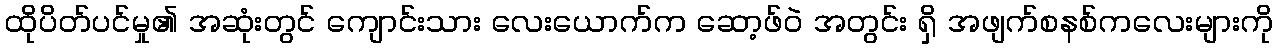
ထိုပိတ်ပင်မှု၏ အဆုံးတွင် ကျောင်းသား လေးယောက်က ဆော့ဖ်ဝဲ အတွင်း ရှိ အဖျက်စနစ်ကလေးများကို